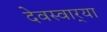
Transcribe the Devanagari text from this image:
देवस्वार्‍या